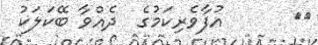
٥٦      އުފާވެރިކަމުގެ  ދެއްވާ ބޭކަލަކު